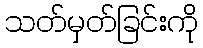
သတ်မှတ်ခြင်းကို